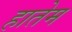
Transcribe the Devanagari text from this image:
हातेम